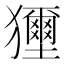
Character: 𤣐